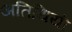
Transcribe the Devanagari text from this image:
अतिथियॊं